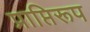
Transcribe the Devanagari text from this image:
प्राप्तिरूप